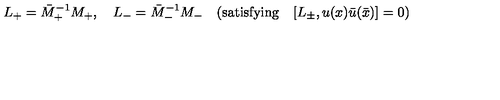
L _ { + } = { \bar { M } } _ { + } ^ { - 1 } M _ { + } , \quad L _ { - } = { \bar { M } } _ { - } ^ { - 1 } M _ { - } \quad ( \mathrm { s a t i s f y i n g } \quad [ L _ { \pm } , u ( x ) { \bar { u } } ( \bar { x } ) ] = 0 )